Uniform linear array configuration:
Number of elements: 16
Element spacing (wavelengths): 0.25
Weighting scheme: binomial
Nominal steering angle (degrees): -30
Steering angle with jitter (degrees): -31.493
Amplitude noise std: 0.05
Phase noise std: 0.05

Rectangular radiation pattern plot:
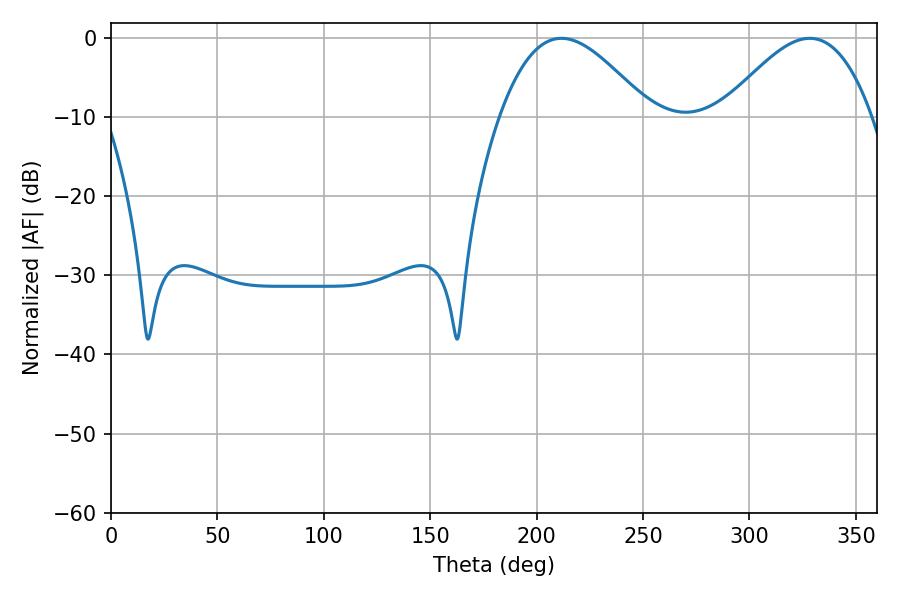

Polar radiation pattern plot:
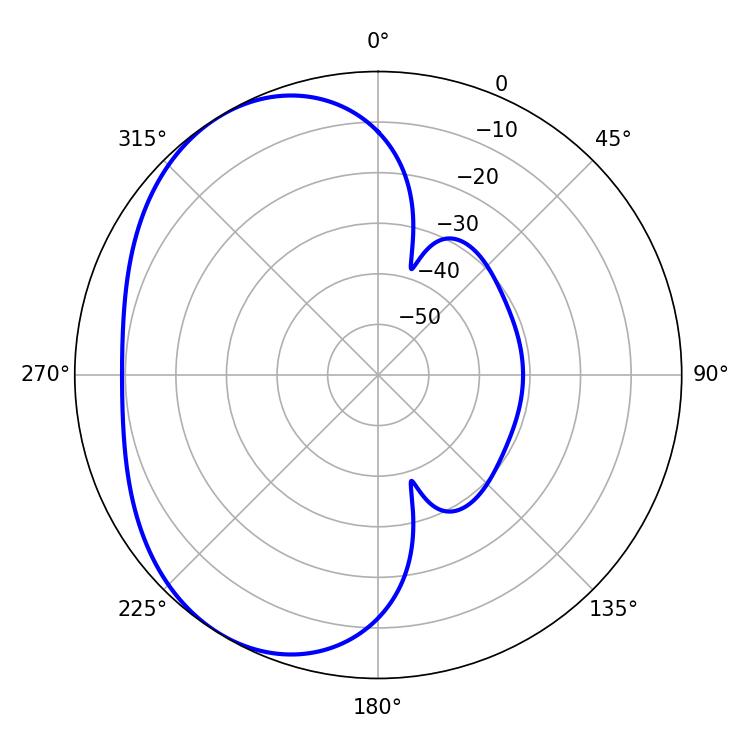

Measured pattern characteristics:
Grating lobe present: FALSE
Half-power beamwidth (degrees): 37.98
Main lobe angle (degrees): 328.32